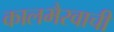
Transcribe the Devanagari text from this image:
कालभैरवाची